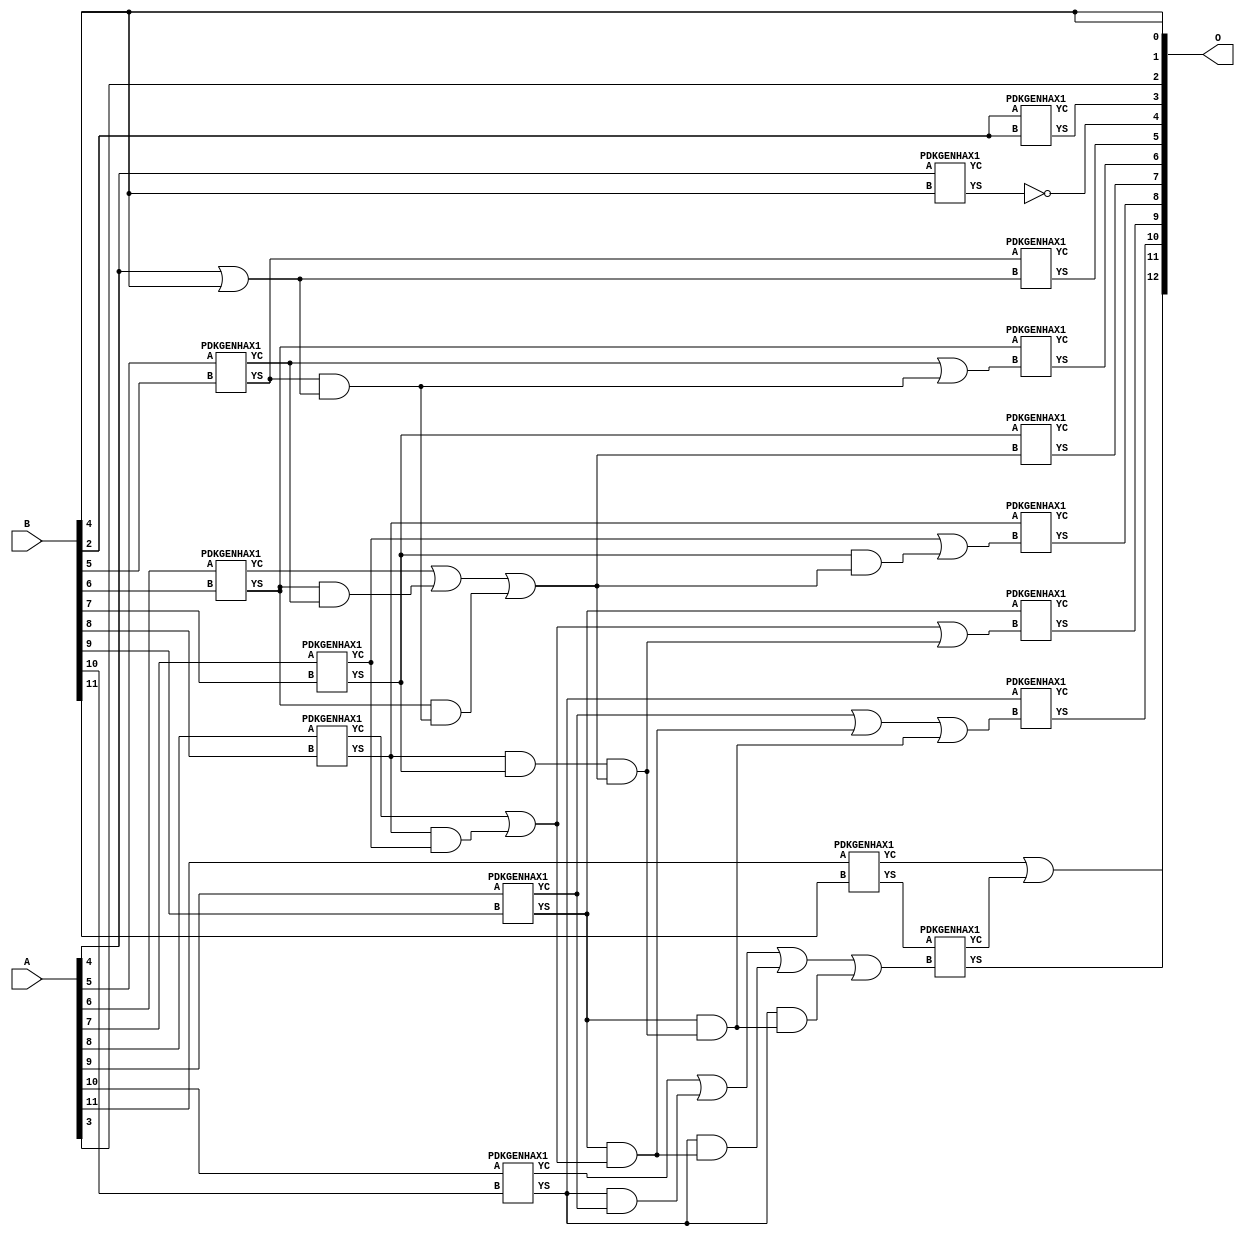
/***
* This code is a part of EvoApproxLib library (ehw.fit.vutbr.cz/approxlib) distributed under The MIT License.
* When used, please cite the following article(s): PRABAKARAN B. S., MRAZEK V., VASICEK Z., SEKANINA L., SHAFIQUE M. ApproxFPGAs: Embracing ASIC-based Approximate Arithmetic Components for FPGA-Based Systems. DAC 2020. 
***/
// MAE% = 0.072 %
// MAE = 5.9 
// WCE% = 0.23 %
// WCE = 19 
// WCRE% = 1500.00 %
// EP% = 94.73 %
// MRE% = 0.20 %
// MSE = 53 
// FPGA_POWER = 0.38
// FPGA_DELAY = 7.2
// FPGA_LUT = 12

module add12u_3AF(A, B, O);
  input [11:0] A, B;
  output [12:0] O;
  wire n_318, n_319, n_790, n_791, n_418, n_45, n_44, n_47, n_250, n_41;
  wire n_40, n_43, n_42, n_149, n_148, n_464, n_465, n_678, n_700, n_30;
  wire n_31, n_32, n_33, n_34, n_35, n_36, n_37, n_38, n_39, n_815;
  wire n_814, n_396, n_397, n_46, n_499, n_498, n_781, n_780, n_238, n_430;
  wire n_724, n_23, n_22, n_21, n_20, n_27, n_26, n_25, n_24, n_802;
  wire n_8, n_29, n_28, n_9, n_486, n_656, n_127, n_126, n_329, n_328;
  wire n_836, n_340, n_632, n_2, n_18, n_19, n_16, n_17, n_14, n_3;
  wire n_12, n_13, n_10, n_11, n_92, n_93, n_520, n_138, n_139, n_644;
  wire n_824, n_825, n_453, n_452, n_622, n_623, n_588, n_15, n_105, n_104;
  wire n_610, n_690, n_114, n_115, n_295, n_294, n_70, n_71, n_746, n_272;
  wire n_803, n_161, n_160, n_284, n_756, n_757, n_262, n_263, n_4, n_5;
  wire n_6, n_7, n_0, n_1, n_307, n_306, n_666, n_657, n_170, n_171;
  wire n_667, n_476, n_769, n_768;
  assign n_0 = A[0];
  assign n_1 = A[0];
  assign n_2 = A[1];
  assign n_3 = A[1];
  assign n_4 = A[2];
  assign n_5 = A[2];
  assign n_6 = A[3];
  assign n_7 = A[3];
  assign n_8 = A[4];
  assign n_9 = A[4];
  assign n_10 = A[5];
  assign n_11 = A[5];
  assign n_12 = A[6];
  assign n_13 = A[6];
  assign n_14 = A[7];
  assign n_15 = A[7];
  assign n_16 = A[8];
  assign n_17 = A[8];
  assign n_18 = A[9];
  assign n_19 = A[9];
  assign n_20 = A[10];
  assign n_21 = A[10];
  assign n_22 = A[11];
  assign n_23 = A[11];
  assign n_24 = B[0];
  assign n_25 = B[0];
  assign n_26 = B[1];
  assign n_27 = B[1];
  assign n_28 = B[2];
  assign n_29 = B[2];
  assign n_30 = B[3];
  assign n_31 = B[3];
  assign n_32 = B[4];
  assign n_33 = B[4];
  assign n_34 = B[5];
  assign n_35 = B[5];
  assign n_36 = B[6];
  assign n_37 = B[6];
  assign n_38 = B[7];
  assign n_39 = B[7];
  assign n_40 = B[8];
  assign n_41 = B[8];
  assign n_42 = B[9];
  assign n_43 = B[9];
  assign n_44 = B[10];
  assign n_45 = B[10];
  assign n_46 = B[11];
  assign n_47 = B[11];
  PDKGENHAX1 tmp59(.YS(n_70), .YC(n_71), .A(n_28), .B(n_28));
  PDKGENHAX1 tmp60(.YS(n_92), .YC(n_93), .A(n_8), .B(n_32));
  PDKGENHAX1 tmp61(.YS(n_104), .YC(n_105), .A(n_10), .B(n_34));
  PDKGENHAX1 tmp62(.YS(n_114), .YC(n_115), .A(n_12), .B(n_36));
  PDKGENHAX1 tmp63(.YS(n_126), .YC(n_127), .A(n_14), .B(n_38));
  PDKGENHAX1 tmp64(.YS(n_138), .YC(n_139), .A(n_16), .B(n_40));
  PDKGENHAX1 tmp65(.YS(n_148), .YC(n_149), .A(n_18), .B(n_42));
  PDKGENHAX1 tmp66(.YS(n_160), .YC(n_161), .A(n_20), .B(n_44));
  PDKGENHAX1 tmp67(.YS(n_170), .YC(n_171), .A(n_22), .B(n_46));
  assign n_238 = n_8 | n_32;
  assign n_250 = n_114 & n_105;
  assign n_262 = n_114;
  assign n_263 = n_262;
  assign n_272 = n_115 | n_250;
  assign n_284 = n_138 & n_127;
  assign n_294 = n_138 & n_126;
  assign n_295 = n_294;
  assign n_306 = n_139 | n_284;
  assign n_307 = n_306;
  assign n_318 = n_160 & n_149;
  assign n_319 = n_318;
  assign n_328 = n_160;
  assign n_329 = n_328;
  assign n_340 = n_161 | n_319;
  assign n_396 = n_104 & n_238;
  assign n_397 = n_396;
  assign n_418 = n_105 | n_396;
  assign n_430 = n_263 & n_397;
  assign n_452 = n_272 | n_430;
  assign n_453 = n_452;
  assign n_464 = n_148 & n_307;
  assign n_465 = n_464;
  assign n_476 = n_148;
  assign n_486 = n_149 | n_464;
  assign n_498 = n_328 & n_465;
  assign n_499 = n_498;
  assign n_520 = n_340 | n_499;
  assign n_588 = n_418;
  assign n_610 = n_452;
  assign n_622 = n_126 & n_453;
  assign n_623 = n_622;
  assign n_632 = n_127 | n_623;
  assign n_644 = n_295 & n_453;
  assign n_656 = n_306 | n_644;
  assign n_657 = n_656;
  assign n_666 = n_476 & n_644;
  assign n_667 = n_666;
  assign n_678 = n_486 | n_666;
  assign n_690 = n_160 & n_667;
  assign n_700 = n_520 | n_690;
  assign n_724 = n_70;
  assign n_746 = ~n_92;
  PDKGENHAX1 tmp111(.YS(n_756), .YC(n_757), .A(n_104), .B(n_238));
  PDKGENHAX1 tmp112(.YS(n_768), .YC(n_769), .A(n_263), .B(n_588));
  PDKGENHAX1 tmp113(.YS(n_780), .YC(n_781), .A(n_126), .B(n_610));
  PDKGENHAX1 tmp114(.YS(n_790), .YC(n_791), .A(n_138), .B(n_632));
  PDKGENHAX1 tmp115(.YS(n_802), .YC(n_803), .A(n_148), .B(n_657));
  PDKGENHAX1 tmp116(.YS(n_814), .YC(n_815), .A(n_329), .B(n_678));
  PDKGENHAX1 tmp117(.YS(n_824), .YC(n_825), .A(n_170), .B(n_700));
  assign n_836 = n_171 | n_825;
  assign O[0] = n_32;
  assign O[1] = n_32;
  assign O[2] = n_6;
  assign O[3] = n_724;
  assign O[4] = n_746;
  assign O[5] = n_756;
  assign O[6] = n_768;
  assign O[7] = n_780;
  assign O[8] = n_790;
  assign O[9] = n_802;
  assign O[10] = n_814;
  assign O[11] = n_824;
  assign O[12] = n_836;
endmodule

/* mod */
module PDKGENHAX1( input A, input B, output YS, output YC );
    assign YS = A ^ B;
    assign YC = A & B;
endmodule